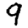
Digit: 9